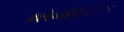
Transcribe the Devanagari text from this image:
ग्लेनफिडिच